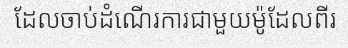
ដែលចាប់ដំណើរការជាមួយម៉ូដែលពីរ